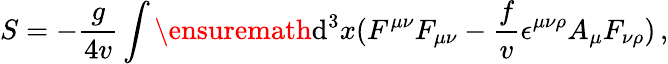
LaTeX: S=-\frac{g}{4{v}}\int\ensuremath{\operatorname{d}\! {}^{3}x(F^{\mu\nu}}F_{\mu\nu}-\frac{f}{v}\epsilon^{\mu\nu\rho}A_{\mu}F_{\nu\rho})\, ,